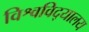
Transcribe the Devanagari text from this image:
विश्वविद्‌यालय